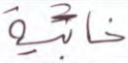
خابية